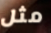
مثل